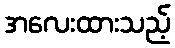
အလေးထားသည့်